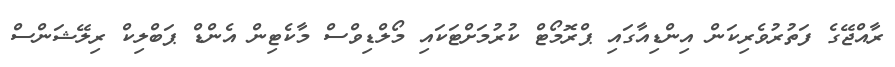
ރާއްޖޭގެ ފަތުރުވެރިކަން އިންޑިއާގައި ޕްރޮމޯޓް ކުރުމަށްޓަކައި މޯލްޑިވްސް މާކެޓިން އެންޑް ޕަބްލިކް ރިލޭޝަންސް